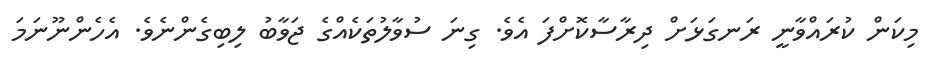
މިކަން ކުރައްވާނީ ރަނގަޅަށް ދިރާސާކޮށްފަ އެވެ. ގިނަ ސުވާލުތަކެއްގެ ޖަވާބު ލިބިގެންނެވެ. އެހެންނޫނަމަ